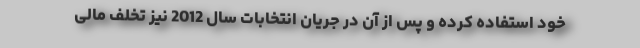
خود استفاده کرده و پس از آن در جریان انتخابات سال 2012 نیز تخلف مالی